Civil Veterinary Department. Madras. Admin. report 1910-25 - 1910-1925
Year: 1910
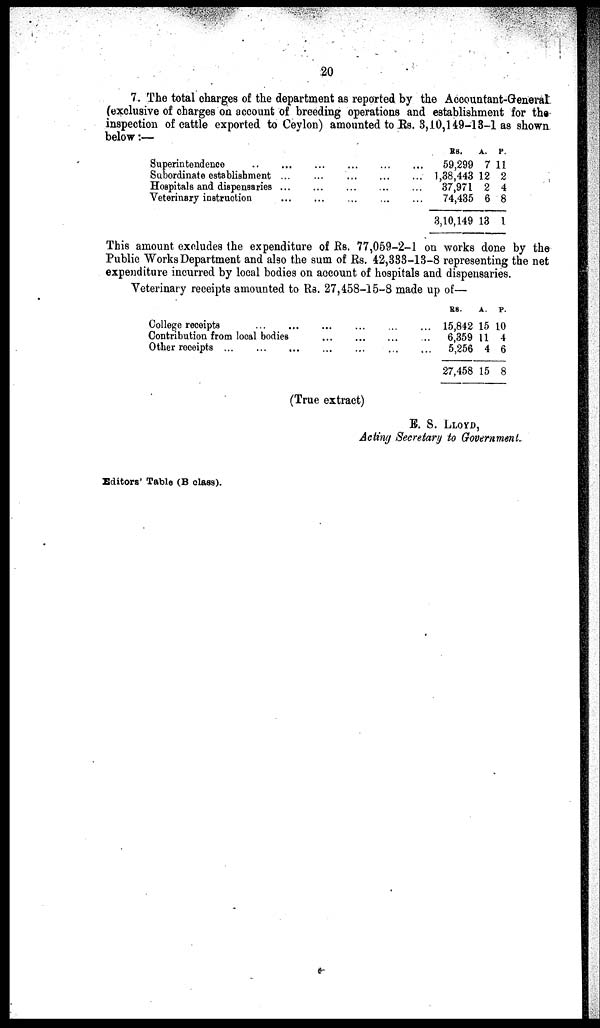
20
7. The total charges of the department as reported by the Accountant-General
(exclusive of charges on account of breeding operations and establishment for the
inspection of cattle exported to Ceylon) amounted to Rs. 3,10,149-13-1 as shown
below:—
Superintendence ..
Subordinate establishment
Hospitals and dispensaries
Veterinary instruction
...
...
...
...
...
...
...
...
...
...
...
...
...
...
...
...
...
...
...
...
RS.
A. P.
59,299 7 11
1,38,443 12 2
37,971 2 4
74,435 6 8
3,10,149 13 1
This amount excludes the expenditure of Rs. 77,059-2-1 on works done by the
Public Works Department and also the sum of Rs. 42,333-13-8 representing the net
expenditure incurred by local bodies on account of hospitals and dispensaries.
Veterinary receipts amounted to Rs. 27,458-15-8 made up of—
College receipts
...
...
Contribution from local bodies
Other receipts
...
...
...
...
...
...
...
...
...
...
...
...
...
...
...
RS.
A.
P.
15,842 15 10
6,359 11 4
5,256 4 6
27,458 15 8
(True extract)
E. S. LLOYD,
Acting Secretary to Government.
Editors' Table (B class).